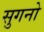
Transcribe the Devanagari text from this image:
सुगनो